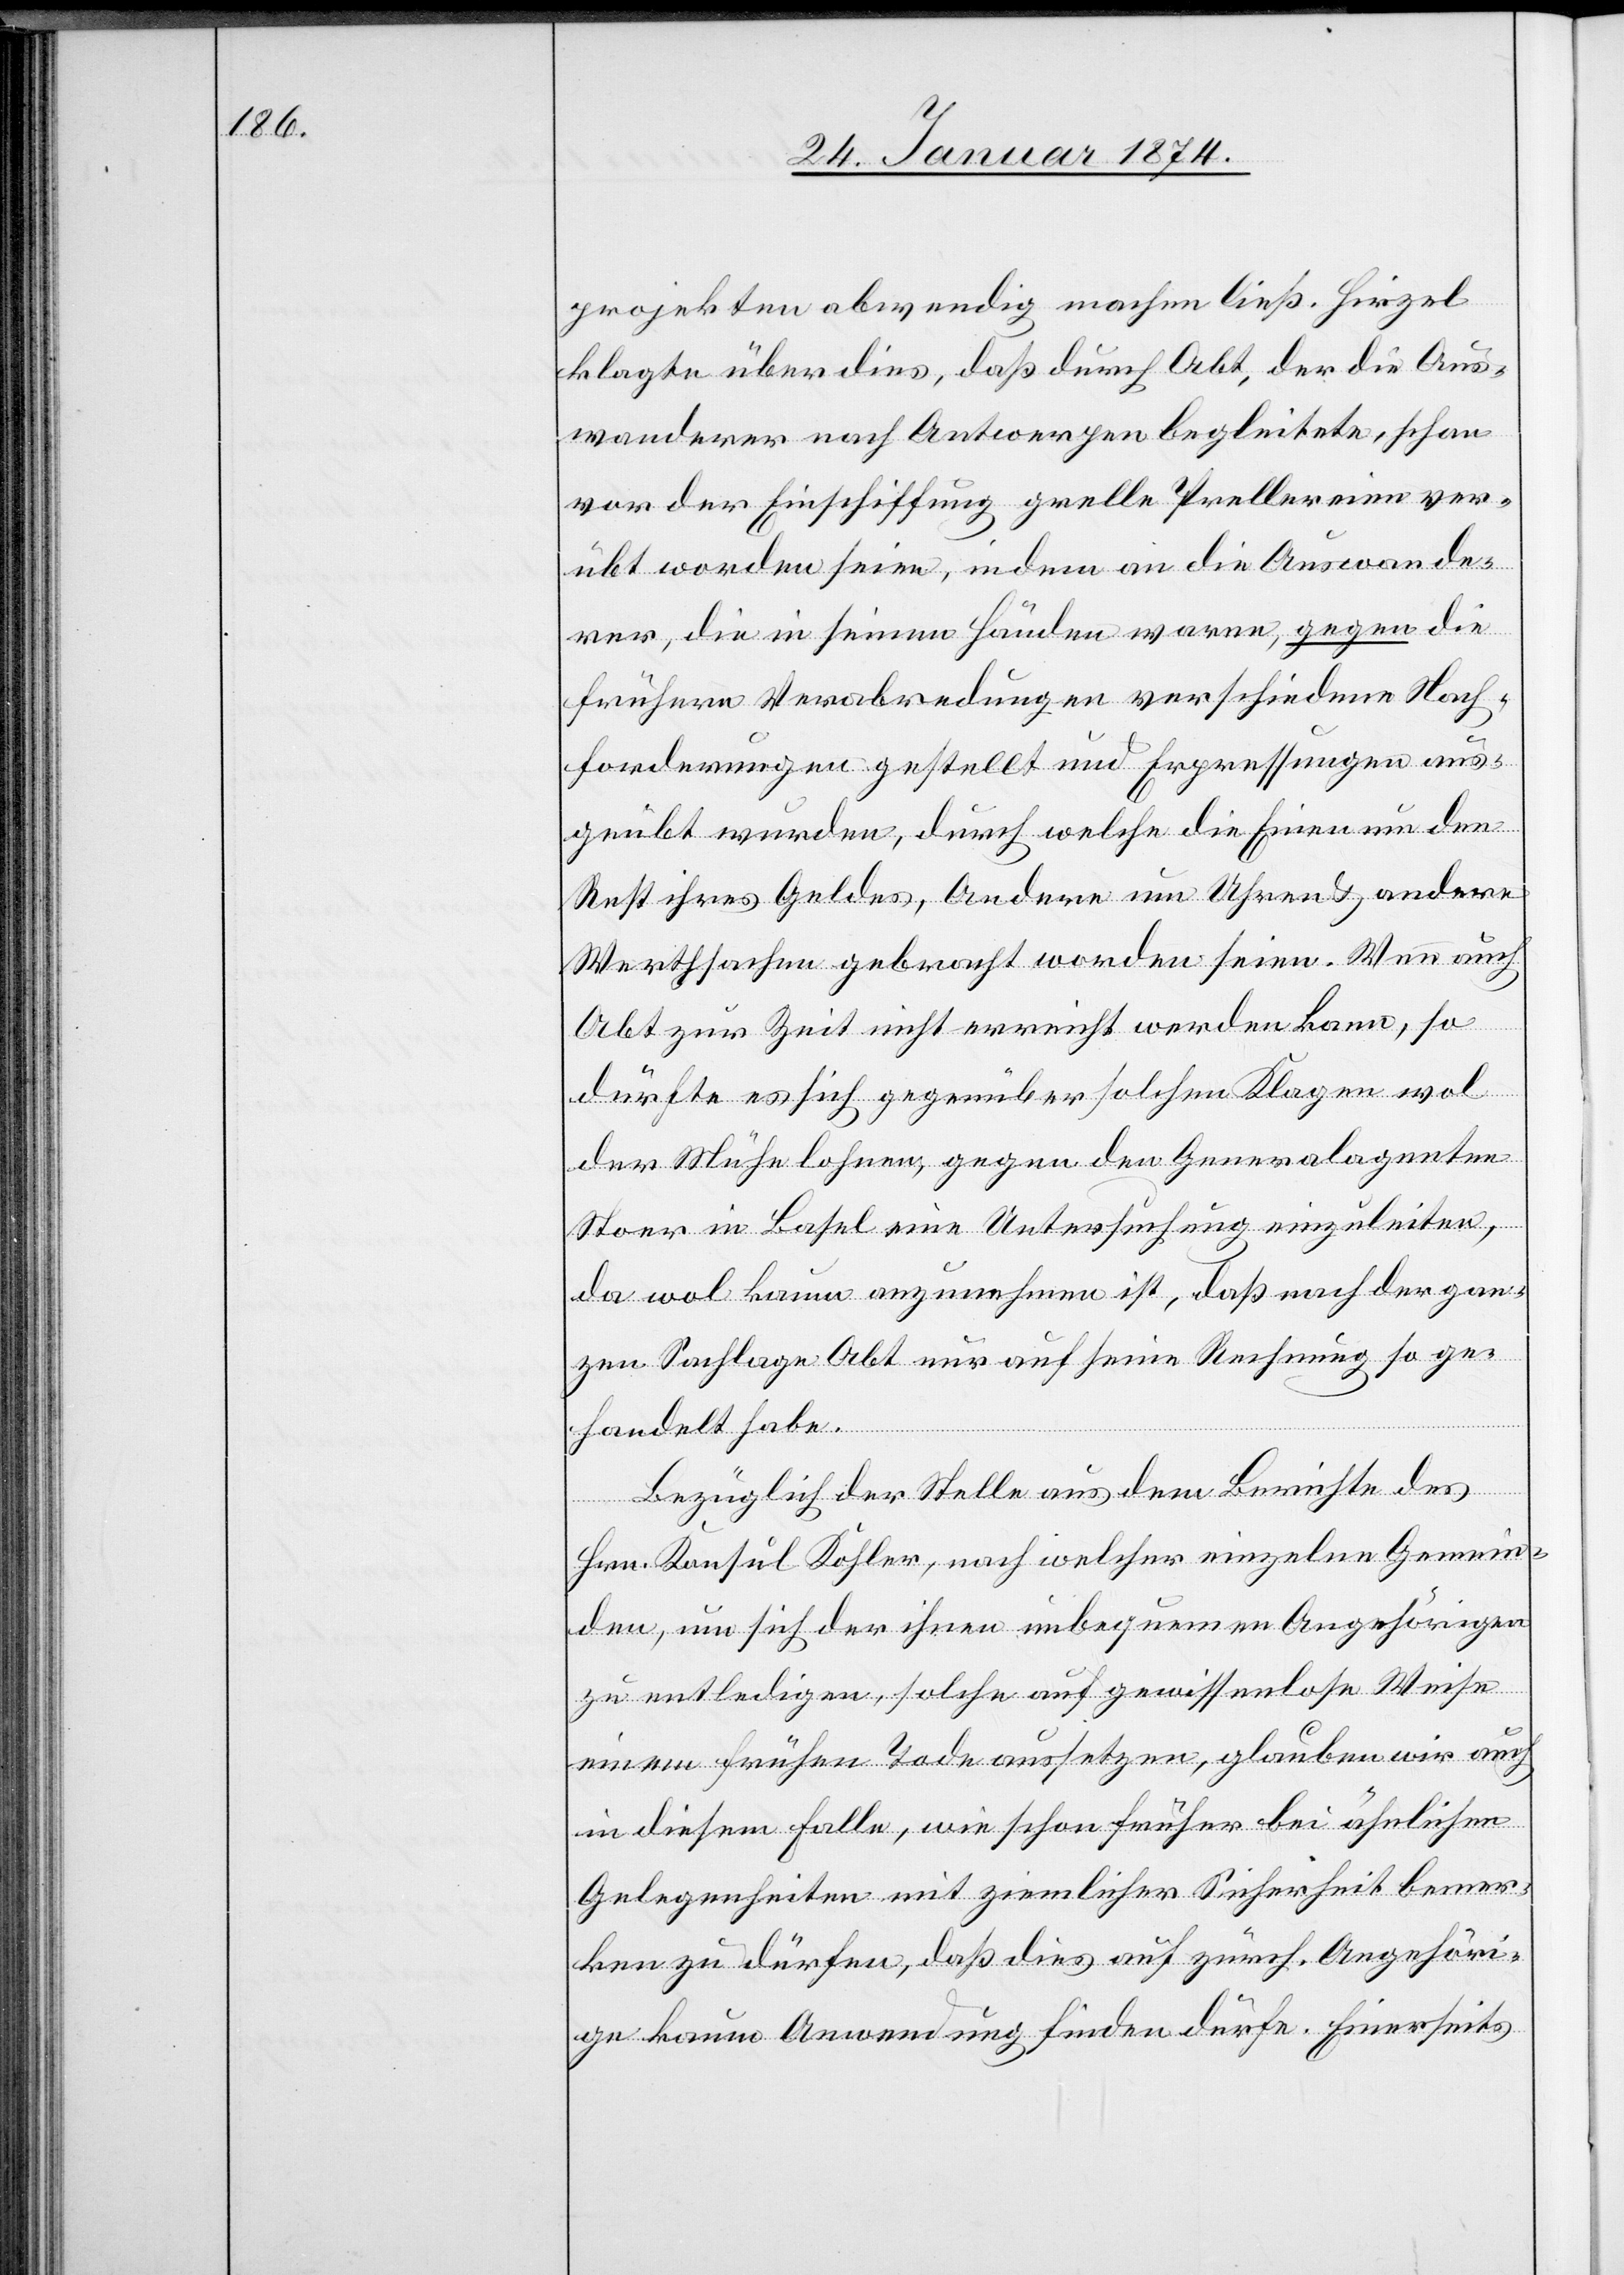
projekten abwendig machen ließ. Hirzel
klagte überdies, daß durch Abt, der die Aus¬
wanderer nach Antwerpen begleitete, schon
von der Einschiffung grelle Prellereien ver¬
übt worden seien, indem an die Auswande¬
rer, die in seinen Händen waren, gegen die
frühere Verabredungen verschiedene Nach¬
forderungen gestellt und Erpressungen aus¬
geübt wurden, durch welche die Einen um den
Rest ihres Geldes, Andere um Uhren & andere
Werthsachen gebracht worden seien. Wenn auch
Abt zur Zeit nicht erreicht werden kann, so
dürfte es sich gegenüber solchen Klagen wol
der Mühe lohnen, gegen den Generalagenten
Stoer in Basel eine Untersuchung einzuleiten,
da wol kaum anzunehmen ist, daß nach der gan¬
zen Sachlage Abt nur auf seine Rechnung so ge¬
handelt habe.
Bezüglich der Stelle aus dem Berichte des
Hrn. Konsul Kohler, nach welcher einzelne Gemein¬
den, um sich der ihren unbequemen Angehörigen
zu entledigen, solche auf gewissenlose Weise
einem frühen Tode aussetzen, glauben wir auch
in diesem Falle, wie schon früher bei ähnlichen
Gelegenheiten mit ziemlicher Sicherheit bemer¬
ken zu dürfen, daß dies auf zürch. Angehöri¬
ge kaum Anwendung finden dürfe. Einerseits